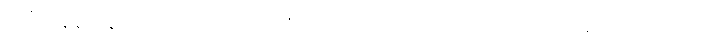
အဲဒီအချိန်တုန်းက လောကဓာတ်သိပ္ပံပညာရပ် လေ့လာသူ အသိုင်းအဝိုင်းမှာ ဖာရာဒေး ကို